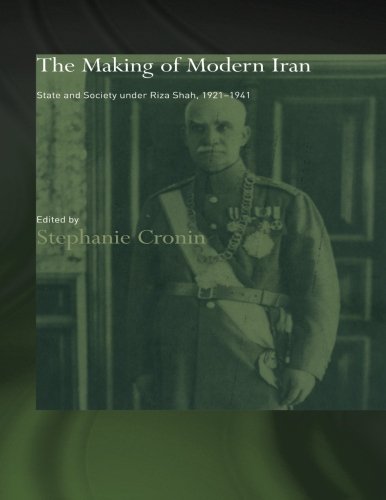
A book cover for The Making of Modern Iran: State and Society under Riza Shah, 1921-1941 (Routledge/BIPS Persian Studies Series); History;